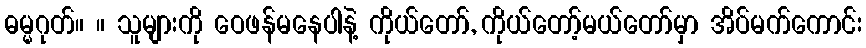
ဓမ္မဂုတ်။ ။ သူများကို ဝေဖန်မနေပါနဲ့ ကိုယ်တော်, ကိုယ်တော့်မယ်တော်မှာ အိပ်မက်ကောင်း